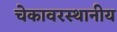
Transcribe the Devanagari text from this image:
चेकावरस्थानीय